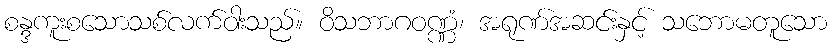
စန္ဒကူးစသောသစ်လက်ဝါးသည်။ ဝိသဘာဂဝဏ္ဏံ၊ အရုဏ်အဆင်းနှင့် သဘောမတူသော